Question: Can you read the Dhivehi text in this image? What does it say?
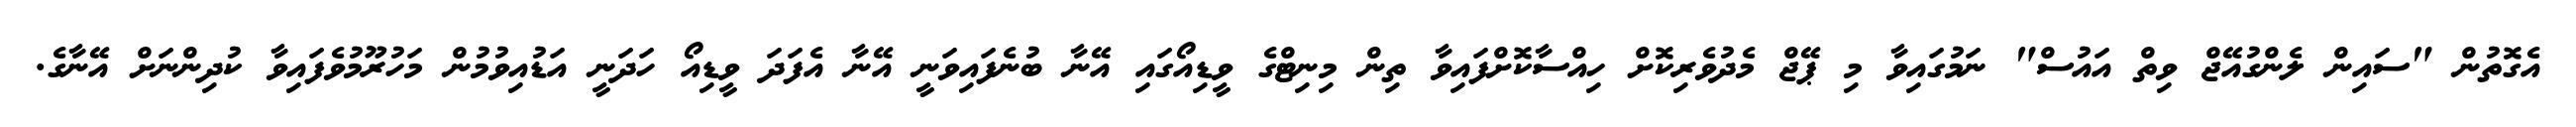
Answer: އެގޮތުން "ސައިން ލެންގުއޭޖް ވިތް އައުސް" ނަމުގައިވާ މި ޕޭޖް މެދުވެރިކޮށް ހިއްސާކޮށްފައިވާ ތިން މިނިޓްގެ ވީޑިއޯގައި އޭނާ ބުނެފައިވަނީ އޭނާ އެފަދަ ވީޑިއޯ ހަދަނީ އަޑުއިވުމުން މަހުރޫމުވެފައިވާ ކުދިންނަށް އޭނާގެ.